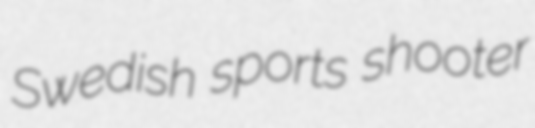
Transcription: Swedish sports shooter